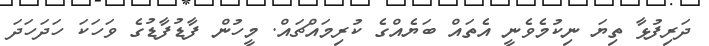
ދަރިފުޅާ ތިޔަ ނިކުމެވެނީ އެތައް ބަޔެއްގެ ކުރިމައްޗައް. މީހުން ފާޑުފާޑުގެ ވަހަކަ ހަދަހަދަ